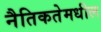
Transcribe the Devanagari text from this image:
नैतिकतेमधील